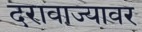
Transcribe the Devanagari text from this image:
दरावाज्यावर